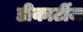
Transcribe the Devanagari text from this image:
डीकार्टीज